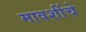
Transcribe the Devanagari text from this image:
मावशींचे